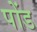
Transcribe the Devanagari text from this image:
पोंड